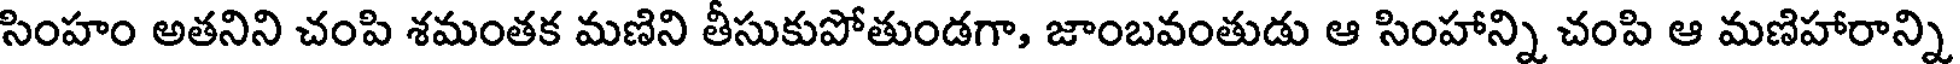
సింహం అతనిని చంపి శమంతక మణిని తీసుకుపోతుండగా, జాంబవంతుడు ఆ సింహాన్ని చంపి ఆ మణిహారాన్ని